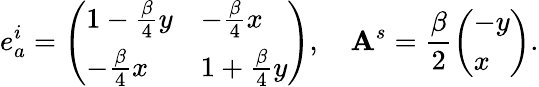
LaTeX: e_{a}^{i}=\left(\begin{array}{ll}{1-\frac{\beta}{4}y}&{-\frac{\beta}{4}x}\\ {-\frac{\beta}{4}x}&{1+\frac{\beta}{4}y}\end{array}\right),\quad\mathbf{A}^{s}=\frac{\beta}{2}\left(\begin{array}{l}{-y}\\ {x}\end{array}\right).